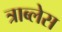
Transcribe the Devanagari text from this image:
त्राब्लेस